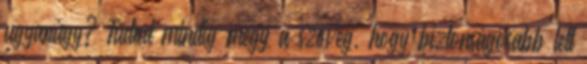
ugyanúgy? Tudod mindig megy a szöveg, hogy biztonságosabb lett